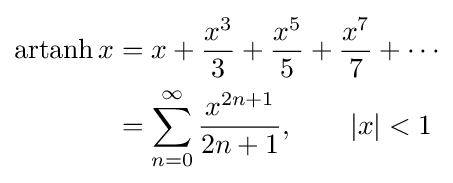
{\begin{aligned}\operatorname {artanh} x&=x+{\frac {x^{3}}{3}}+{\frac {x^{5}}{5}}+{\frac {x^{7}}{7}}+\cdots \\&=\sum _{n=0}^{\infty }{\frac {x^{2n+1}}{2n+1}},\qquad \left|x\right|<1\end{aligned}}